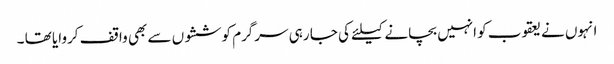
انہوں نے یعقوب کو انہیں بچانے کیلئے کی جا رہی سرگرم کوششوں سے بھی واقف کروایا تھا ۔